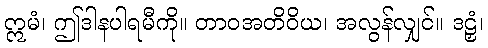
ဣမံ၊ ဤဒါနပါရမီကို။ တာဝအတိဝိယ၊ အလွန်လျှင်။ ဒဠှံ၊